Scottish Certificate of Education, 1963
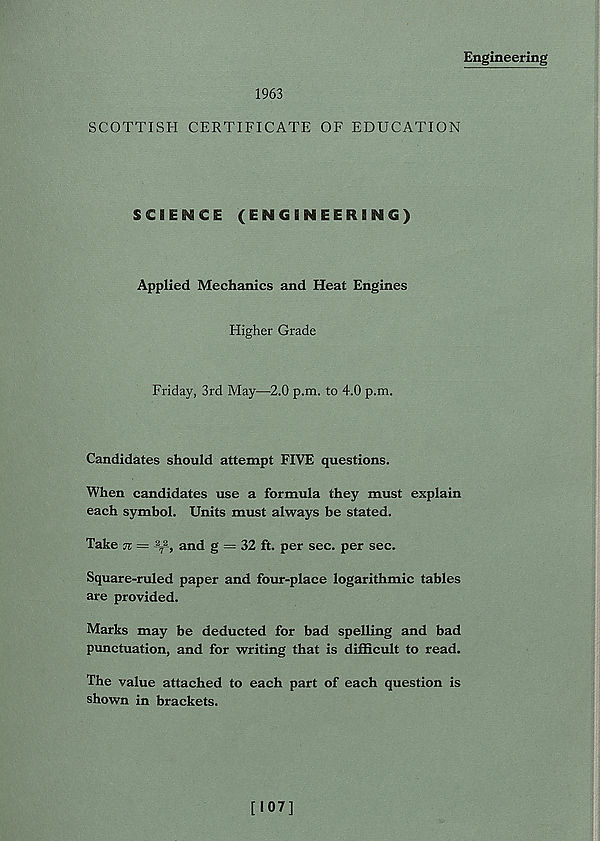
Engineering
1963
SCOTTISH CERTIFICATE OF EDUCATION
SCIENCE (ENGINEERING)
Applied Mechanics and Heat Engines
Higher Grade
Friday, 3rd May—2.0 p.m. to 4.0 p.m.
Candidates should attempt FIVE questions.
When candidates use a formula they must explain
each symbol. Units must always be stated.
Take n = - 2
7
2 -, and g = 32 ft. per sec. per sec.
Square-ruled paper and four-place logarithmic tables
are provided.
Marks may be deducted for bad spelling and bad
punctuation, and for writing that is difficult to read.
The value attached to each part of each question is
shown in brackets.
[107]